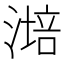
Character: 𣼯